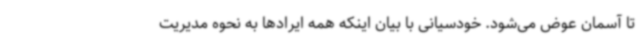
تا آسمان عوض می‌شود. خودسیانی با بیان اینکه همه ایرادها به نحوه مدیریت